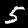
Label: 5